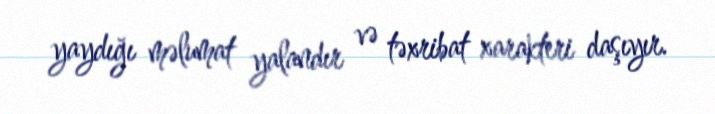
yaydığı məlumat yalandır və təxribat xarakteri daşıyır.